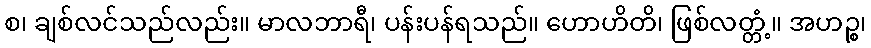
စ၊ ချစ်လင်သည်လည်း။ မာလဘာရီ၊ ပန်းပန်ရသည်။ ဟောဟိတိ၊ ဖြစ်လတ္တံ့။ အဟဉ္စ၊